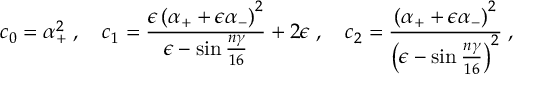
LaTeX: c _ { 0 } = \alpha _ { + } ^ { 2 } \; , \quad c _ { 1 } = \frac { \epsilon \left( \alpha _ { + } + \epsilon \alpha _ { - } \right) ^ { 2 } } { \epsilon - \sin \frac { n \gamma } { 1 6 } } + 2 \epsilon \; , \quad c _ { 2 } = \frac { \left( \alpha _ { + } + \epsilon \alpha _ { - } \right) ^ { 2 } } { \left( \epsilon - \sin \frac { n \gamma } { 1 6 } \right) ^ { 2 } } \; ,